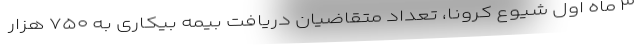
۳ ماه اول شیوع کرونا، تعداد متقاضیان دریافت بیمه بیکاری به ۷۵۰ هزار